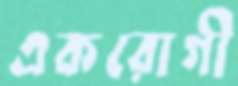
একরোগী